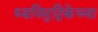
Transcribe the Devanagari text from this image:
ध्वनिमुद्रिकेच्या